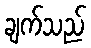
ချက်သည်